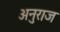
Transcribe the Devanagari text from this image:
अनुराज